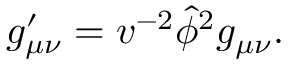
g _ { \mu \nu } ^ { \prime } = v ^ { - 2 } \hat { \phi } ^ { 2 } g _ { \mu \nu } .